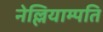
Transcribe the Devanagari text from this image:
नेल्लियाम्पति